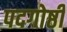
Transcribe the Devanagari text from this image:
पदगोष्ठी